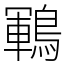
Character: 鶤